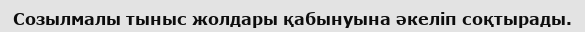
Созылмалы тыныс жолдары қабынуына әкеліп соқтырады.